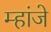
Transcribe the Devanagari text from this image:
म्हांजे